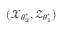
( \boldsymbol { \mathcal { X } } _ { \boldsymbol { \theta } _ { 2 } ^ { \ast } } , \boldsymbol { \mathcal { Z } } _ { \boldsymbol { \theta } _ { 1 } ^ { \ast } } )